Leprosy in India: report of the Leprosy Commission in India, 1890-91
Year: 1890
Disease focus: Leprosy
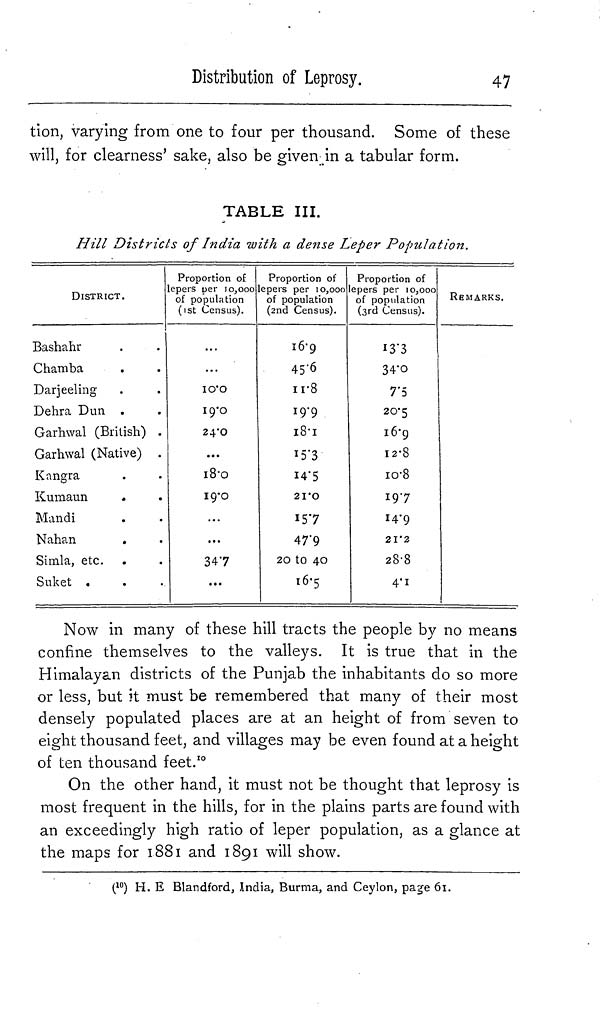
Distribution of Leprosy.
47
tion, varying from one to four per thousand. Some of these
will, for clearness' sake, also be given in a tabular form.
TABLE III.
Hill Districts of India with a dense Leper Population.
DISTRICT.
Bashahr
Chamba
Darjeeling
Dehra Dun .
Garhwal (British) .
Garhwal (Native) .
Kangra
Kumaun
Mandi
Nahan
Simla, etc.
Suket .
Proportion of
lepers per 10,000
of population
(1st Census).
10.0
19.0
24.0
...
18.0
19.0
...
...
347
...
Proportion of
) lepers per 10,000
of population
(2nd Census).
16.9
45.6
11.8
19.9
18.1
15.3
14.5
21.0
47.9
20 to 40
16.5
Proportion of
lepers per 10,000
of population
(3rd Census).
13.3
34.0
7.5
20.5
16.9
12.8
10.8
19.7
14.9
21.2
28.8
4.1
REMARKS.
Now in many of these hill tracts the people by no means
confine themselves to the valleys. It is true that in the
Himalayan districts of the Punjab the inhabitants do so more
or less, but it must be remembered that many of their most
densely populated places are at an height of from seven to
eight thousand feet, and villages may be even found at a height
of ten thousand feet. 10
On the other hand, it must not be thought that leprosy is
most frequent in the hills, for in the plains parts are found with
an exceedingly high ratio of leper population, as a glance at
the maps for 1881 and 1891 will show.